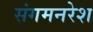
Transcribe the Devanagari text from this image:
संगमनरेश